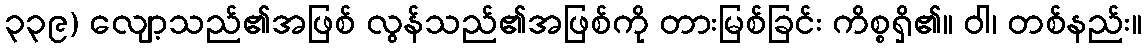
၃၃၉) လျော့သည်၏အဖြစ် လွန်သည်၏အဖြစ်ကို တားမြစ်ခြင်း ကိစ္စရှိ၏။ ဝါ၊ တစ်နည်း။